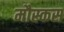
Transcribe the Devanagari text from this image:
मौस्कस